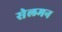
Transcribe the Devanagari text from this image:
सेलमन